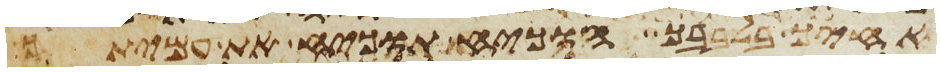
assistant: אחיך בלבבך הוכיח תוכיח את עמיתך